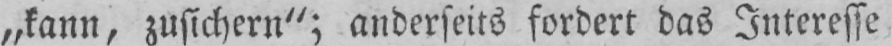
„kann, zusichern”; anderseits fordert das Interesse